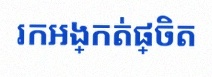
រកអង្កត់ផ្ចិត